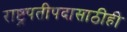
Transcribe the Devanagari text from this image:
राष्ट्रपतीपदासाठीही